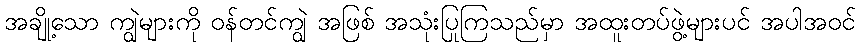
အချို့သော ကျွဲများကို ဝန်တင်ကျွဲ အဖြစ် အသုံးပြုကြသည်မှာ အထူးတပ်ဖွဲ့များပင် အပါအဝင်